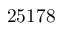
2 5 1 7 8